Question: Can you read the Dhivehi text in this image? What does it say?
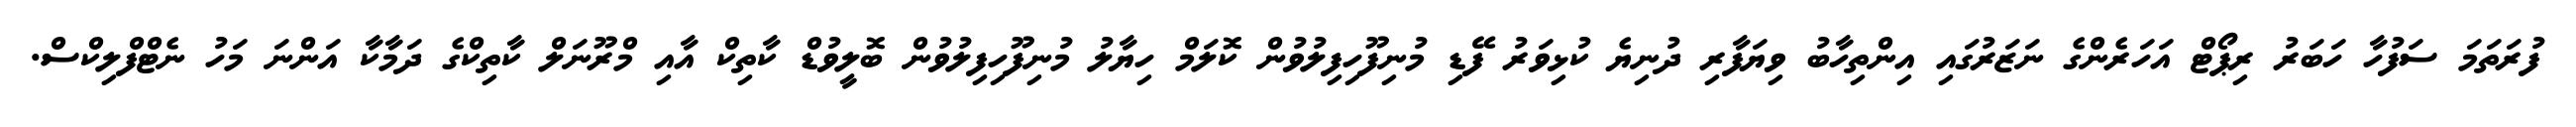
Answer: ފުރަތަމަ ސަފުހާ ހަބަރު ރިޕޯޓް އަހަރެންގެ ނަޒަރުގައި އިންތިހާބު ވިޔަފާރި ދުނިޔެ ކުޅިވަރު ފޭޑި މުނިފޫހިފިލުވުން ކޮލަމް ހިޔާލު މުނިފޫހިފިލުވުން ބޮލީވުޑް ކާތިކް އާއި މްރޫނަލް ކާތިކްގެ ދަމާކާ އަންނަ މަހު ނެޓްފްލިކްސް.